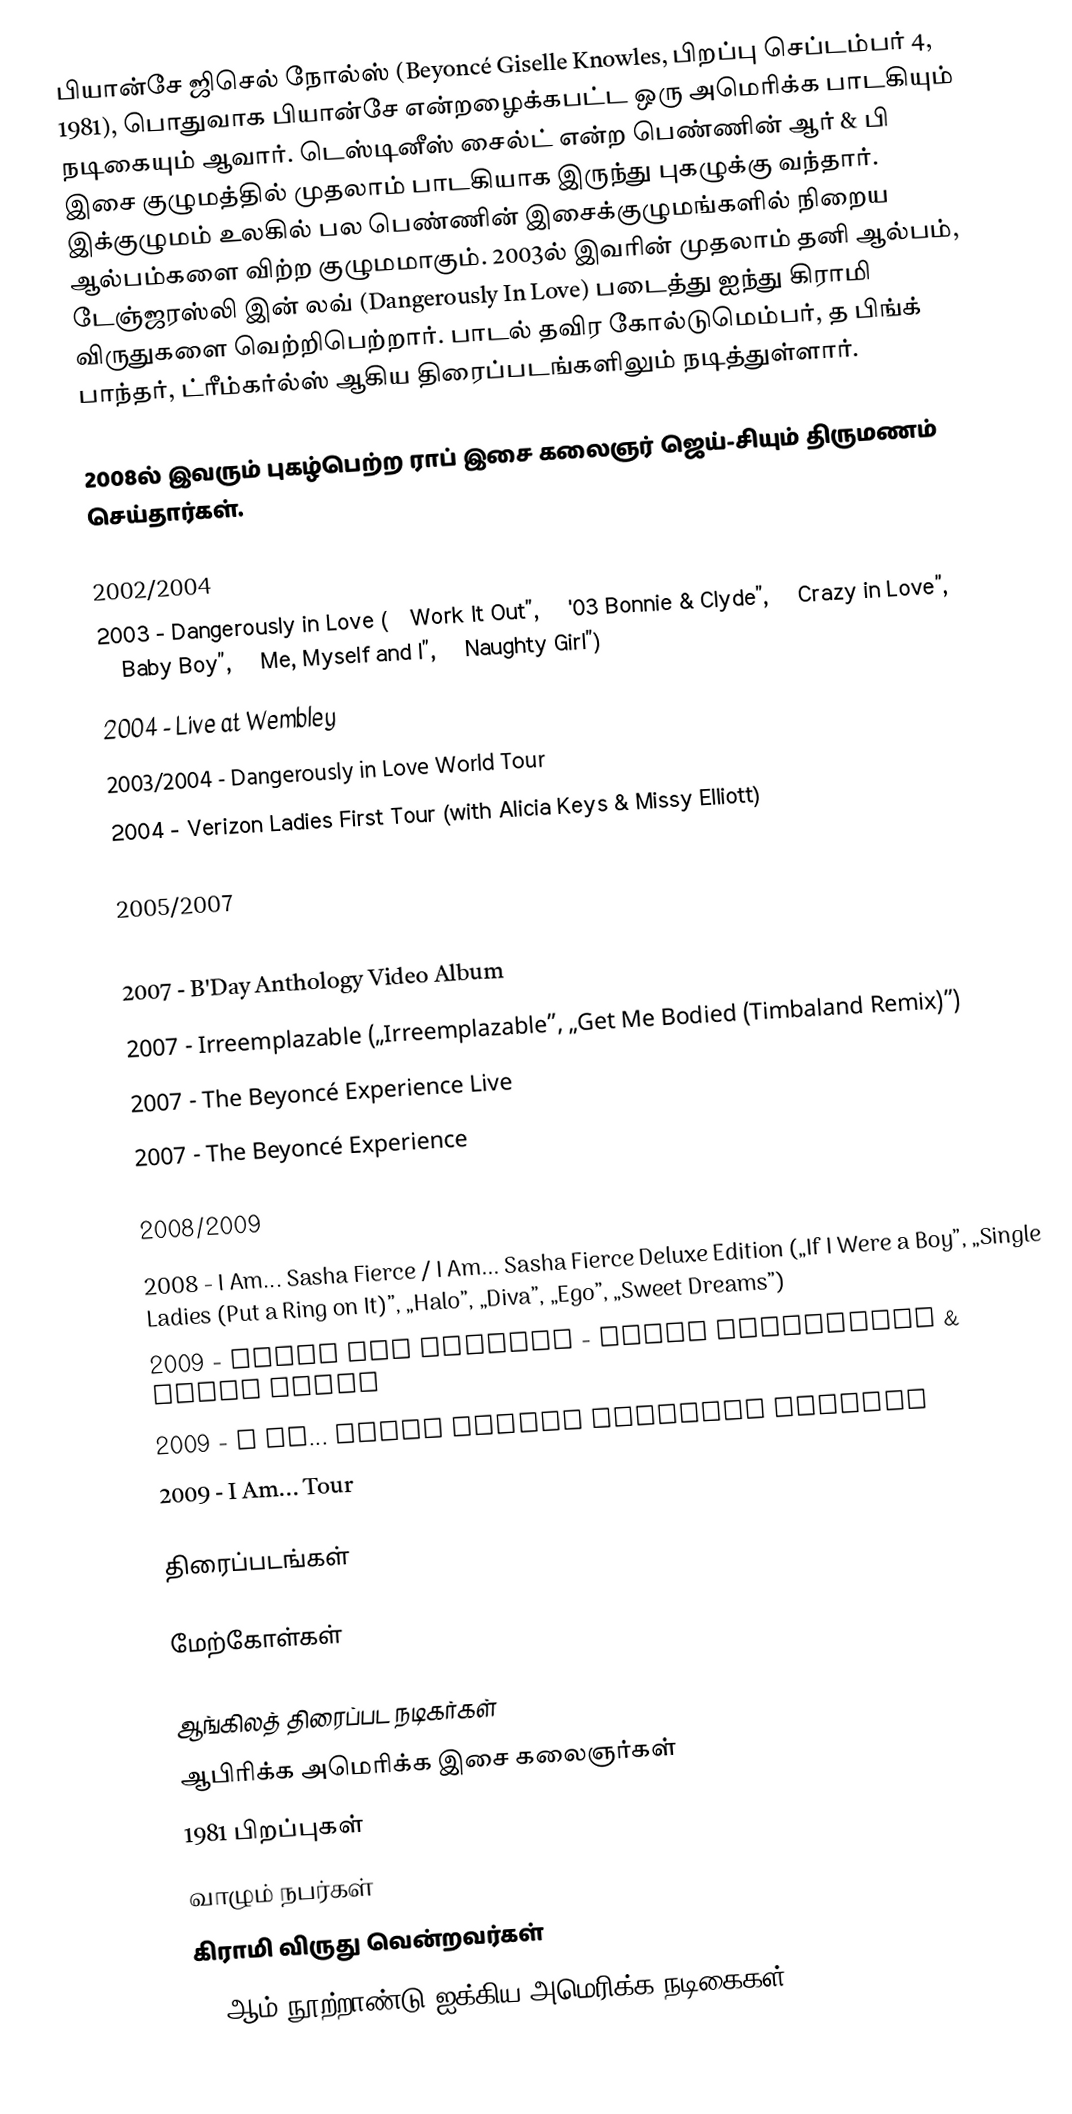
பியான்சே ஜிசெல் நோல்ஸ் (Beyoncé Giselle Knowles, பிறப்பு செப்டம்பர் 4, 1981), பொதுவாக பியான்சே என்றழைக்கபட்ட ஒரு அமெரிக்க பாடகியும் நடிகையும் ஆவார். டெஸ்டினீஸ் சைல்ட் என்ற பெண்ணின் ஆர் & பி இசை குழுமத்தில் முதலாம் பாடகியாக இருந்து புகழுக்கு வந்தார். இக்குழுமம் உலகில் பல பெண்ணின் இசைக்குழுமங்களில் நிறைய ஆல்பம்களை விற்ற குழுமமாகும். 2003ல் இவரின் முதலாம் தனி ஆல்பம், டேஞ்ஜரஸ்லி இன் லவ் (Dangerously In Love) படைத்து ஐந்து கிராமி விருதுகளை வெற்றிபெற்றார். பாடல் தவிர கோல்டுமெம்பர், த பிங்க் பாந்தர், ட்ரீம்கர்ல்ஸ் ஆகிய திரைப்படங்களிலும் நடித்துள்ளார்.

2008ல் இவரும் புகழ்பெற்ற ராப் இசை கலைஞர் ஜெய்-சியும் திருமணம் செய்தார்கள்.

2002/2004
 2003 - Dangerously in Love („Work It Out”, „'03 Bonnie & Clyde”, „Crazy in Love”, „Baby Boy”, „Me, Myself and I”, „Naughty Girl”)
 2004 - Live at Wembley
 2003/2004 - Dangerously in Love World Tour
 2004 - Verizon Ladies First Tour (with Alicia Keys & Missy Elliott)

2005/2007
 2006 - B'Day / B'Day Deluxe Edition („Check on It”, „Déjà Vu”, „Ring the Alarm”, „Upgrade U”, „Irreplaceable”, „Listen”, „Beautiful Liar”, „Get Me Bodied”)
 2007 - B'Day Anthology Video Album
 2007 - Irreemplazable („Irreemplazable”, „Get Me Bodied (Timbaland Remix)”)
 2007 - The Beyoncé Experience Live
 2007 - The Beyoncé Experience

2008/2009
 2008 - I Am... Sasha Fierce / I Am... Sasha Fierce Deluxe Edition („If I Were a Boy”, „Single Ladies (Put a Ring on It)”, „Halo”, „Diva”, „Ego”, „Sweet Dreams”)
 2009 - Above and Beyoncé - Video Collection & Dance Mixes
 2009 - I Am... Sasha Fierce Platinum Edition
 2009 - I Am... Tour

திரைப்படங்கள்

மேற்கோள்கள்

ஆங்கிலத் திரைப்பட நடிகர்கள்
ஆபிரிக்க அமெரிக்க இசை கலைஞர்கள்
1981 பிறப்புகள்
வாழும் நபர்கள்
கிராமி விருது வென்றவர்கள்
21 ஆம் நூற்றாண்டு ஐக்கிய அமெரிக்க நடிகைகள்